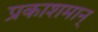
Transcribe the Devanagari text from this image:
प्रकाशमान्